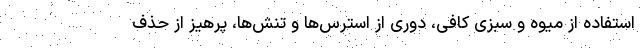
استفاده از میوه و سبزی کافی، دوری از استرس‌ها و تنش‌ها، پرهیز از حذف